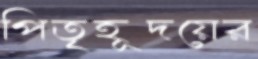
পিতৃহূদয়ের